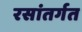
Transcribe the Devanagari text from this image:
रसांतर्गत